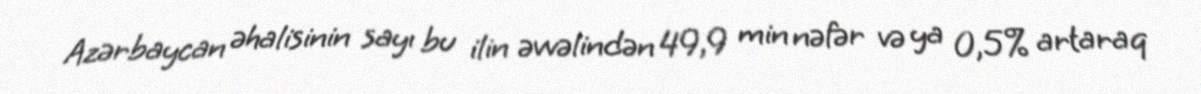
Azərbaycan əhalisinin sayı bu ilin əvvəlindən 49,9 min nəfər və ya 0,5% artaraq